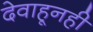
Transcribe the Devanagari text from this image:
देवाहूनही